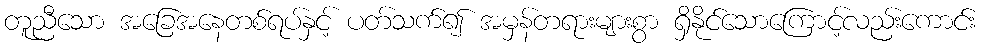
တူညီသော အခြေအနေတစ်ရပ်နှင့် ပတ်သက်၍ အမှန်တရားများစွာ ရှိနိုင်သောကြောင့်လည်းကောင်း